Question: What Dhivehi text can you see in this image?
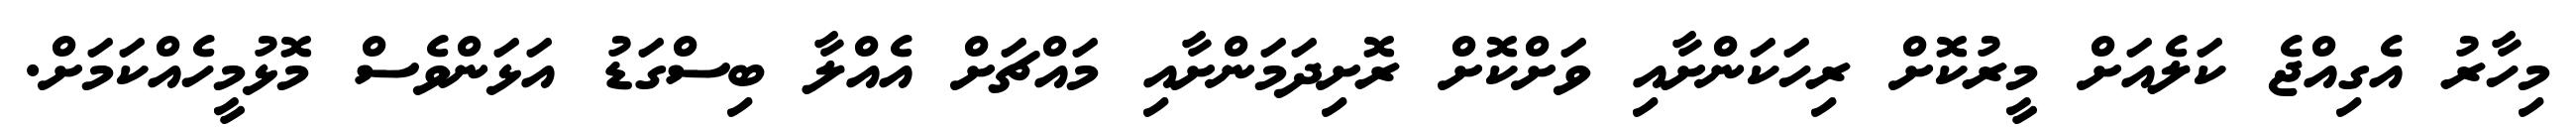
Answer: މިހާރު އެގިއްޖެ ކަލެއަށް މީރުކޮށް ރިހަކަންށާއި ވަށްކޮށް ރޮށިދަމަންށާއި މައްޗަށް އެއްލާ ބިސްގަޑު އަޅަންވެސް މޮޅުމީހެއްކަމަށް.